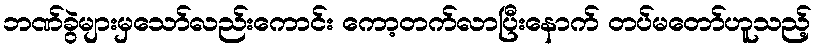
ဘဏ်ခွဲများမှသော်လည်းကောင်း ကော့တက်လာပြီးနောက် တပ်မတော်ဟူသည့်